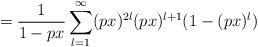
LaTeX: \begin{align*}= \frac{1}{1-px}\sum_{l=1}^{\infty} (px)^{2l}(px)^{l+1}(1-(px)^l)\end{align*}